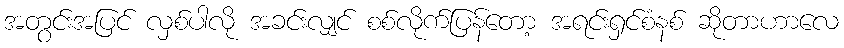
အတွင်းအပြင် လှစ်ပါလို အခင်းလျှင် စစ်လိုက်ပြန်တော့ အရင်းရှင်စံနစ် ဆိုတာဟာလေ